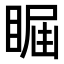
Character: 𥇤